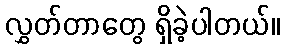
လွှတ်တာတွေ ရှိခဲ့ပါတယ်။